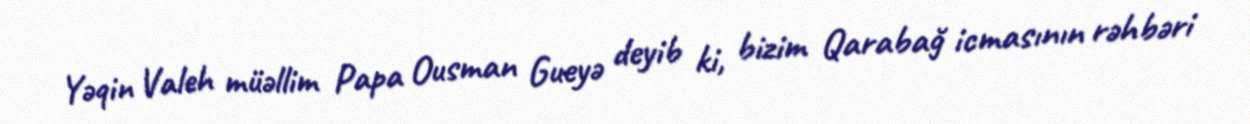
Yəqin Valeh müəllim Papa Ousman Gueyə deyib ki, bizim Qarabağ icmasının rəhbəri